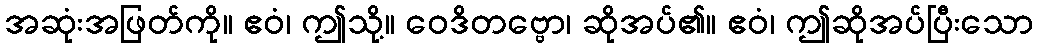
အဆုံးအဖြတ်ကို။ ဧဝံ၊ ဤသို့။ ဝေဒိတဗ္ဗော၊ ဆိုအပ်၏။ ဧဝံ၊ ဤဆိုအပ်ပြီးသော